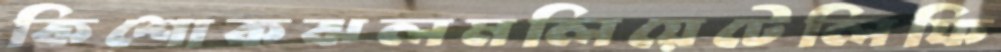
কিশোকঝলমলিয়েটেলিফি